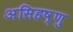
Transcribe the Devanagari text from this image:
असिहष्णु